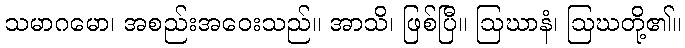
သမာဂမော၊ အစည်းအဝေးသည်။ အာသိ၊ ဖြစ်ပြီ။ ဩဃာနံ၊ ဩဃတို့၏။